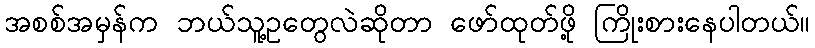
အစစ်အမှန်က ဘယ်သူ့ဥတွေလဲဆိုတာ ဖော်ထုတ်ဖို့ ကြိုးစားနေပါတယ်။